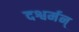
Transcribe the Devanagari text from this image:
दश्वर्मन्‌